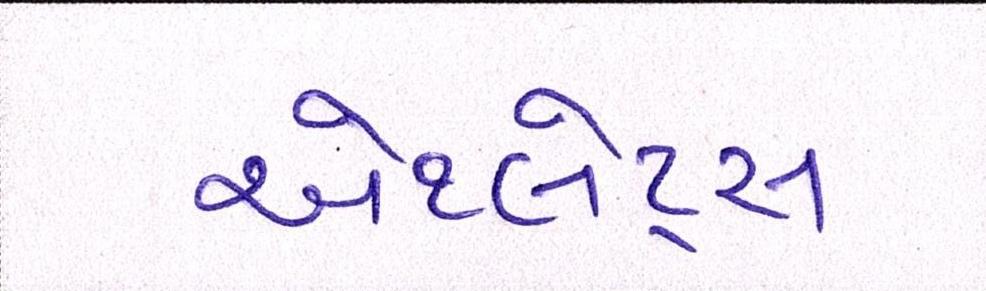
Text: એથ્લેટ્સ